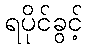
ရပိုင်ခွင့်